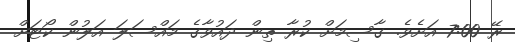
ރޭ 7:00 އަށެވެ. ގާސިމަށް ކުރާ ތިން ދައުވާގެ މައްސަލަ އަލުން ކޯޓަށް